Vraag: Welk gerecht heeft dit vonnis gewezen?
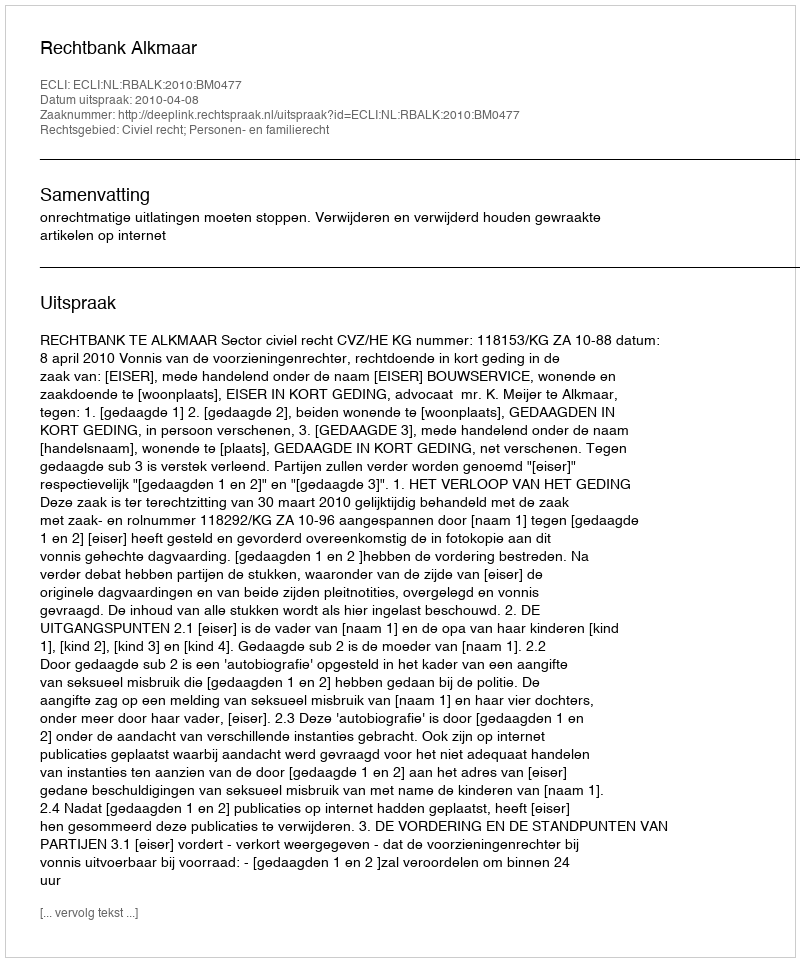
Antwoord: Rechtbank Alkmaar